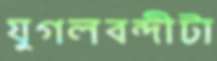
যুগলবন্দীটা